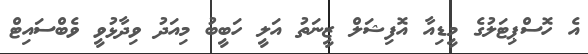
އެ ހޮސްޕިޓަލުގެ މީޑިއާ އޮފިޝަލް ޒީނަތު އަލީ ހަބީބު މިއަދު ވިދާޅުވީ ވެބްސައިޓް